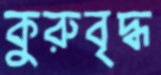
কুরুবৃদ্ধ